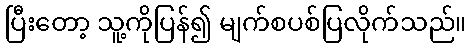
ပြီးတော့ သူ့ကိုပြန်၍ မျက်စပစ်ပြလိုက်သည်။